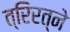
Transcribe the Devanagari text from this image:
त्रिरत्ने